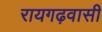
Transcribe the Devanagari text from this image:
रायगढ़वासी